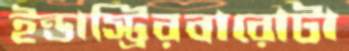
ইন্ডাস্ট্রিরবারোটা